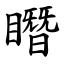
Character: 䁮